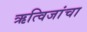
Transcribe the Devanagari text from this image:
ऋत्विजांचा